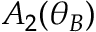
A _ { 2 } ( \theta _ { B } )